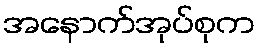
အနောက်အုပ်စုက